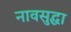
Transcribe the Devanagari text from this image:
नावसुद्धा